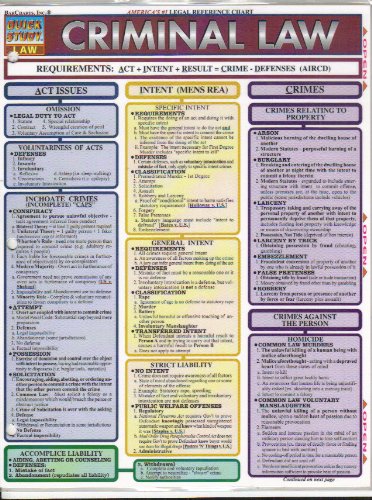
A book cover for Criminal Law (Quick Study: Law); BarCharts Inc.; Test Preparation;